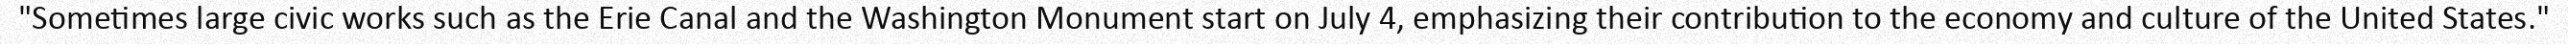
"Sometimes large civic works such as the Erie Canal and the Washington Monument start on July 4, emphasizing their contribution to the economy and culture of the United States."